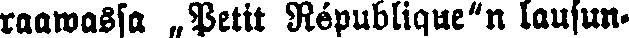
raawassa „Petit République"n lausun-